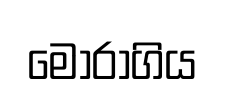
මෝරාගිය